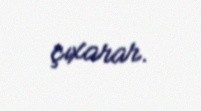
çıxarar.